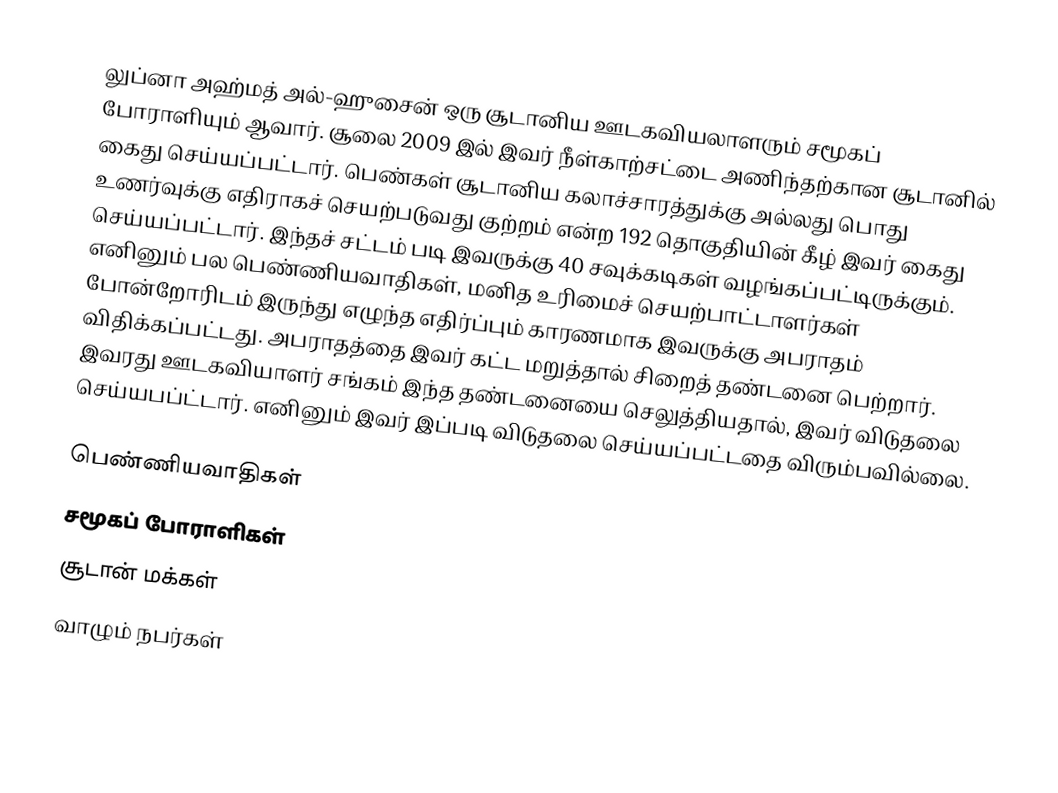
லுப்னா அஹ்மத் அல்-ஹுசைன் ஒரு சூடானிய ஊடகவியலாளரும் சமூகப் போராளியும் ஆவார். சூலை 2009 இல் இவர் நீள்காற்சட்டை அணிந்தற்கான சூடானில் கைது செய்யப்பட்டார். பெண்கள் சூடானிய கலாச்சாரத்துக்கு அல்லது பொது உணர்வுக்கு எதிராகச் செயற்படுவது குற்றம் என்ற 192 தொகுதியின் கீழ் இவர் கைது செய்யப்பட்டார். இந்தச் சட்டம் படி இவருக்கு 40 சவுக்கடிகள் வழங்கப்பட்டிருக்கும். எனினும் பல பெண்ணியவாதிகள், மனித உரிமைச் செயற்பாட்டாளர்கள் போன்றோரிடம் இருந்து எழுந்த எதிர்ப்பும் காரணமாக இவருக்கு அபராதம் விதிக்கப்பட்டது. அபராதத்தை இவர் கட்ட மறுத்தால் சிறைத் தண்டனை பெற்றார். இவரது ஊடகவியாளர் சங்கம் இந்த தண்டனையை செலுத்தியதால், இவர் விடுதலை செய்யபப்ட்டார். எனினும் இவர் இப்படி விடுதலை செய்யப்பட்டதை விரும்பவில்லை.

பெண்ணியவாதிகள்
சமூகப் போராளிகள்
சூடான் மக்கள்
வாழும் நபர்கள்